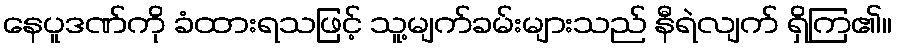
နေပူဒဏ်ကို ခံထားရသဖြင့် သူ့မျက်ခမ်းများသည် နီရဲလျက် ရှိကြ၏။